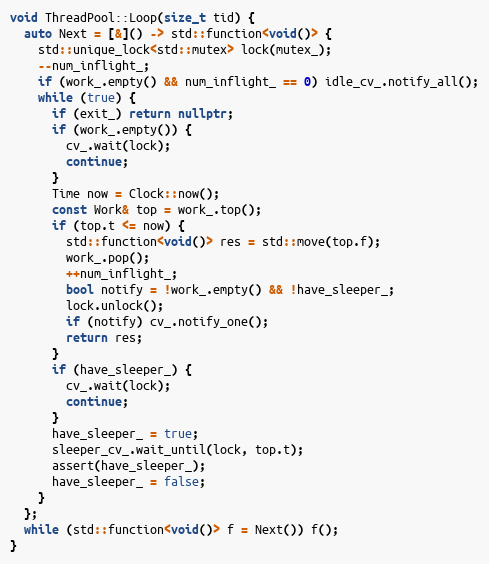
Language: C++
void ThreadPool::Loop(size_t tid) {
  auto Next = [&]() -> std::function<void()> {
    std::unique_lock<std::mutex> lock(mutex_);
    --num_inflight_;
    if (work_.empty() && num_inflight_ == 0) idle_cv_.notify_all();
    while (true) {
      if (exit_) return nullptr;
      if (work_.empty()) {
        cv_.wait(lock);
        continue;
      }
      Time now = Clock::now();
      const Work& top = work_.top();
      if (top.t <= now) {
        std::function<void()> res = std::move(top.f);
        work_.pop();
        ++num_inflight_;
        bool notify = !work_.empty() && !have_sleeper_;
        lock.unlock();
        if (notify) cv_.notify_one();
        return res;
      }
      if (have_sleeper_) {
        cv_.wait(lock);
        continue;
      }
      have_sleeper_ = true;
      sleeper_cv_.wait_until(lock, top.t);
      assert(have_sleeper_);
      have_sleeper_ = false;
    }
  };
  while (std::function<void()> f = Next()) f();
}